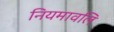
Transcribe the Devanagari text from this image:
नियमावलि